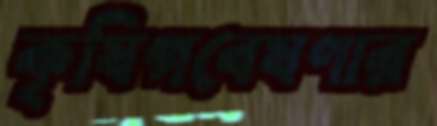
কৃষিগবেষণার